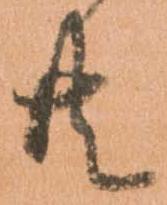
共